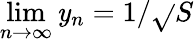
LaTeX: \operatorname*{lim}_{n\to\infty}\mathit{y}_{n}=1/{\sqrt{}{{S}}}